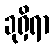
ခုရှိရာ